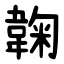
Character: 䪕